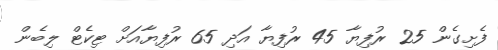
ފެށިގެން 25 ރުފިޔާ 45 ރުފިޔާ އަދި 65 ރުފިޔާއަށް ޓިކެޓް ލިބެން